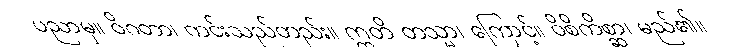
ပညာမှ။ ဝိဂတာ၊ ကင်းသည်တည်း။ ဣတိ တသ္မာ၊ ကြောင့်။ ဝိစိကိစ္ဆာ၊ မည်၏။